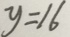
y = 1 6